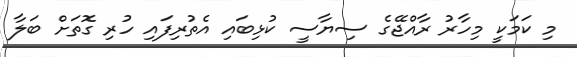
މި ކަމަކީ މިހާރު ރާއްޖޭގެ ސިޔާސީ ކުޅިބައި އެތުރިފައި ހުރި ގޮތަށް ބަލާ